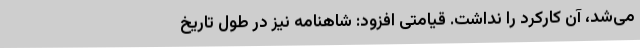
می‌شد، آن کارکرد را نداشت. قیامتی افزود: شاهنامه نیز در طول تاریخ